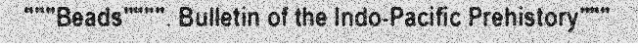
"""Beads"""". Bulletin of the Indo-Pacific Prehistory"""